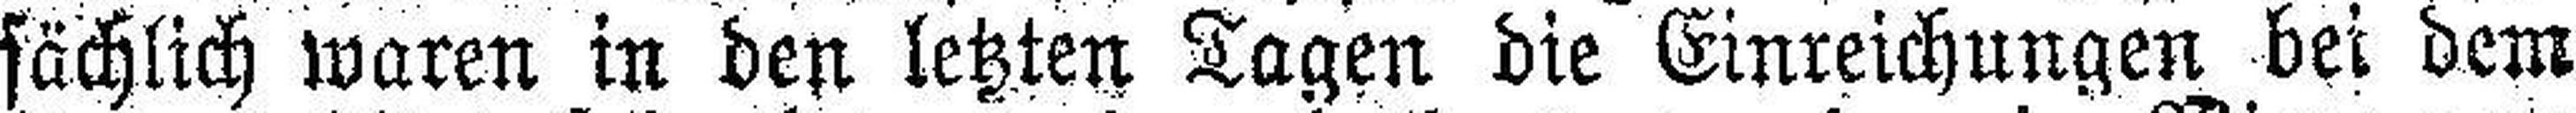
sächlich waren in den letzten Tagen die Einreichungen bei dem